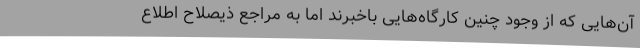
آن‌هایی که از وجود چنین کارگاه‌هایی باخبرند اما به مراجع ذیصلاح اطلاع